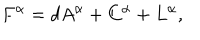
LaTeX: F ^ { \alpha } = d A ^ { \alpha } + C ^ { \alpha } + L ^ { \alpha } ,